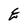
Character: E